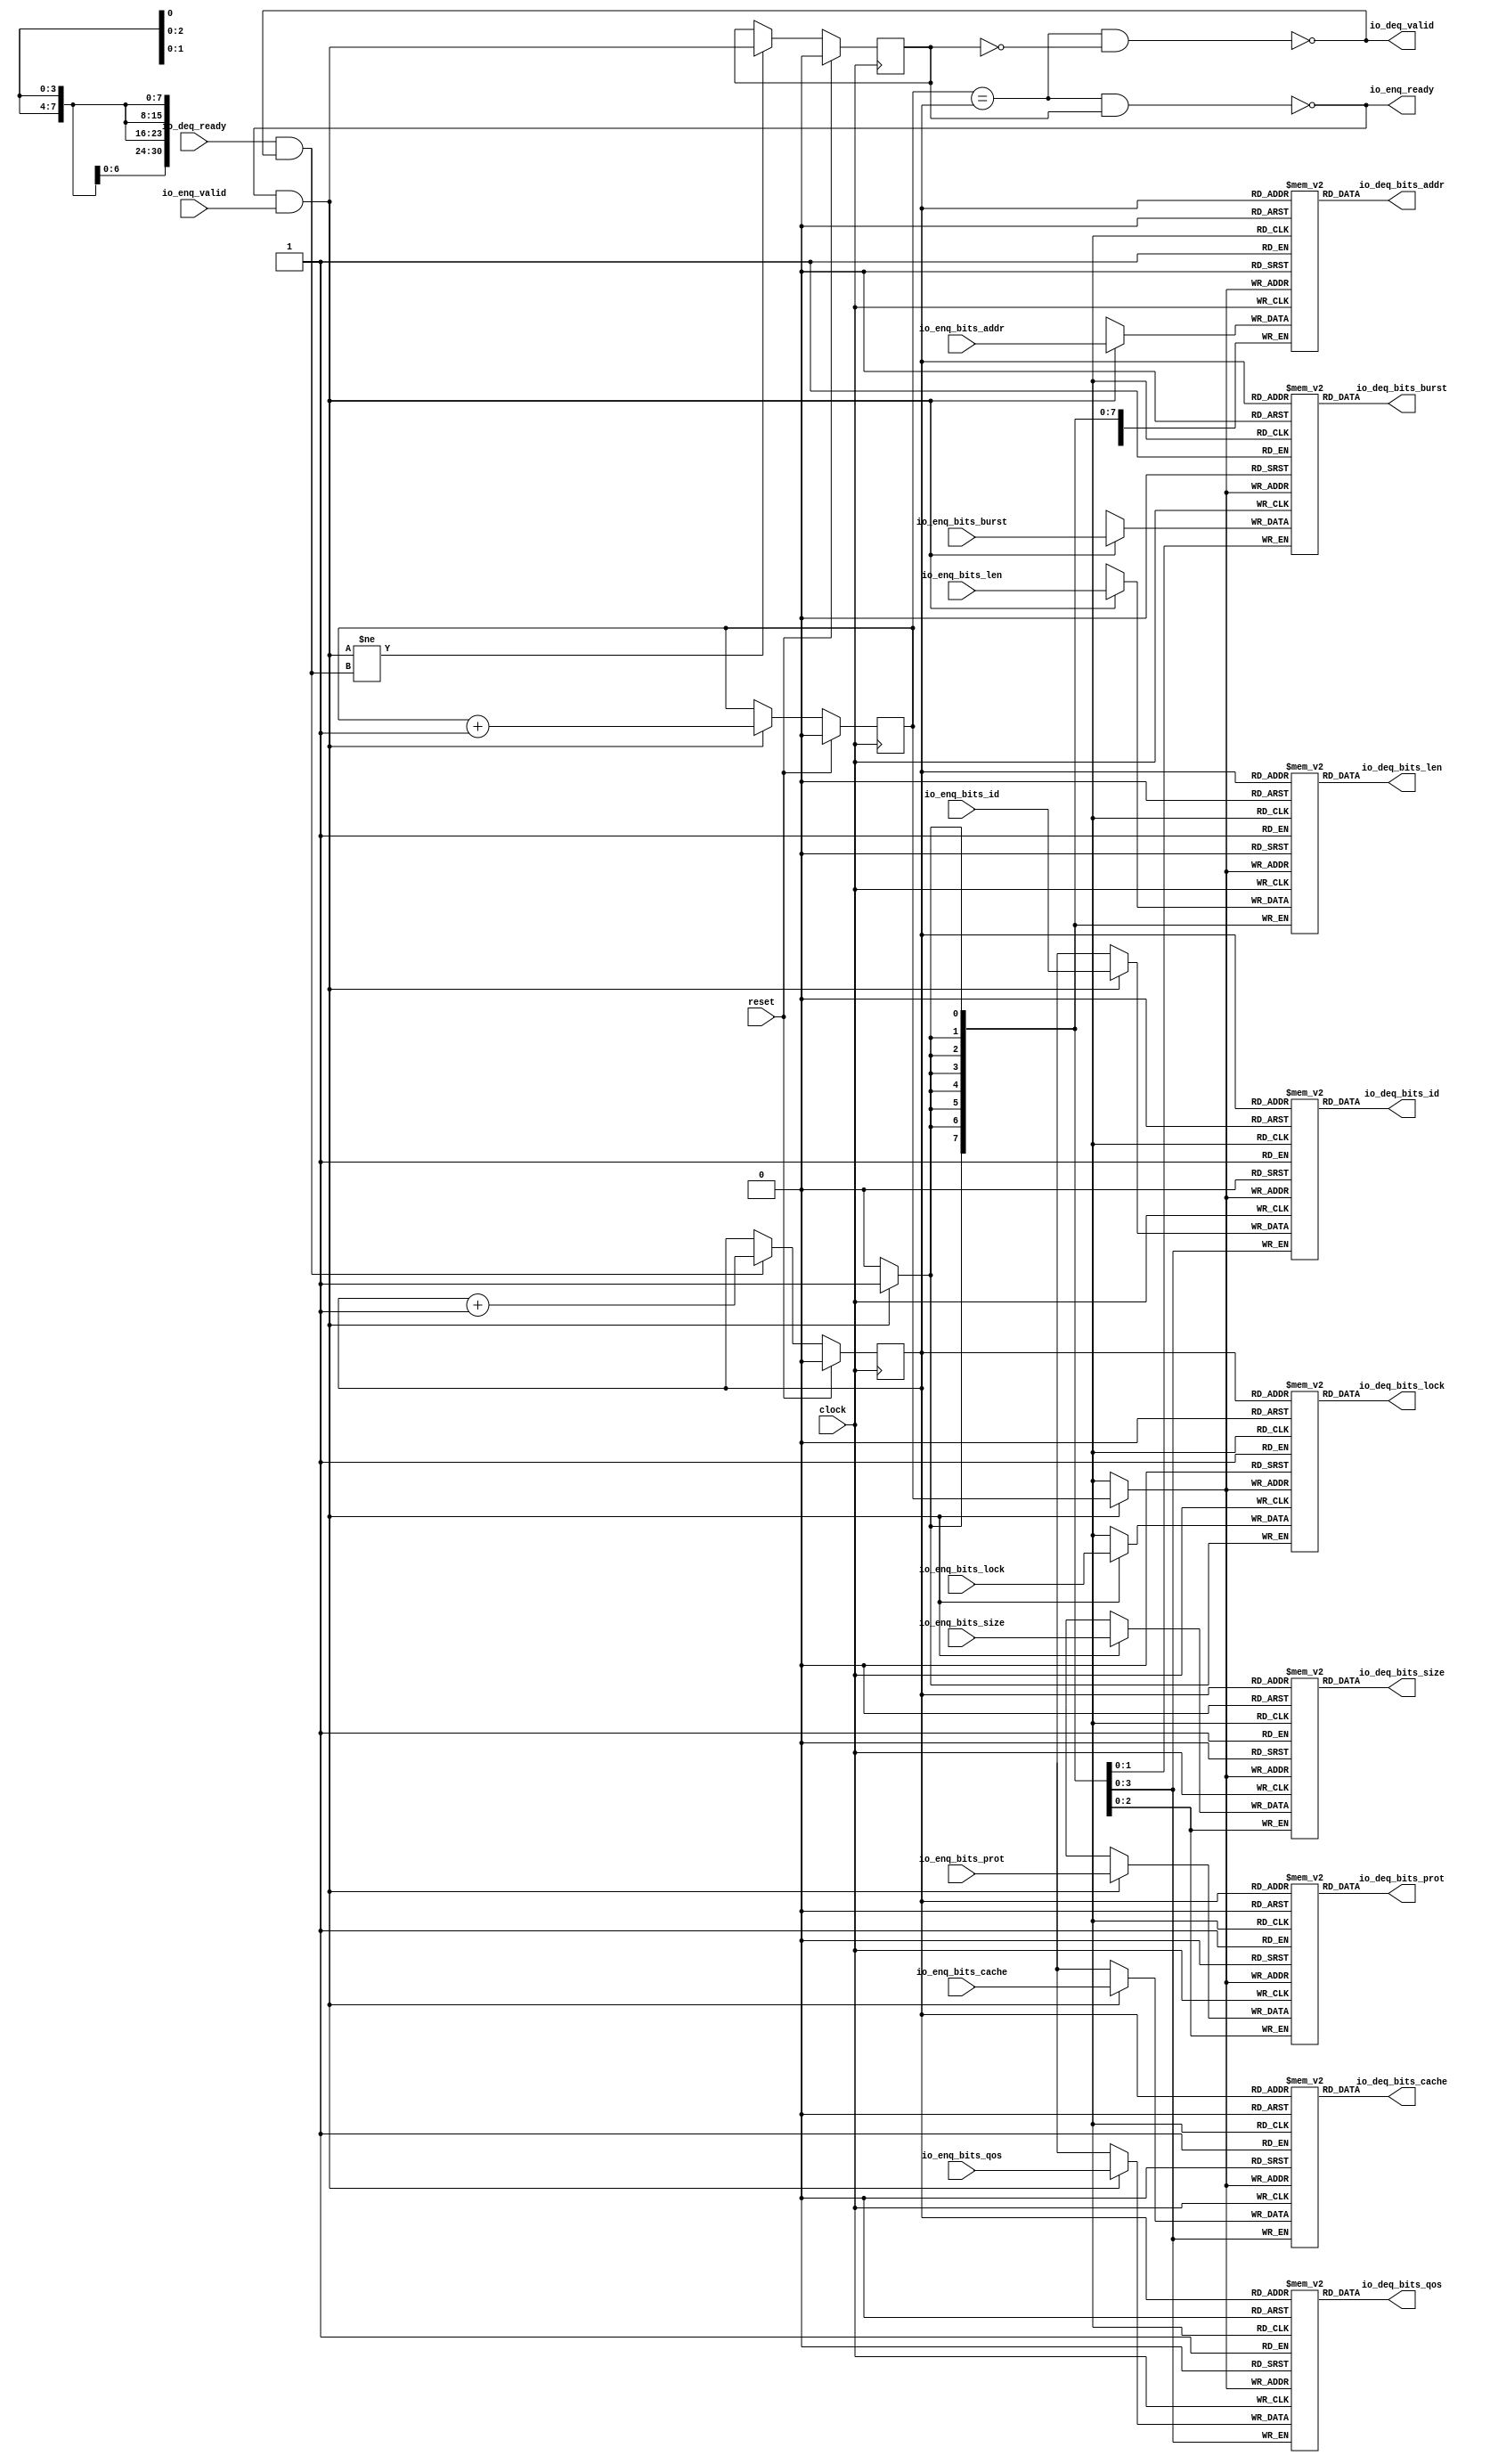
module Queue(
  input         clock,
  input         reset,
  output        io_enq_ready,
  input         io_enq_valid,
  input  [3:0]  io_enq_bits_id,
  input  [30:0] io_enq_bits_addr,
  input  [7:0]  io_enq_bits_len,
  input  [2:0]  io_enq_bits_size,
  input  [1:0]  io_enq_bits_burst,
  input         io_enq_bits_lock,
  input  [3:0]  io_enq_bits_cache,
  input  [2:0]  io_enq_bits_prot,
  input  [3:0]  io_enq_bits_qos,
  input         io_deq_ready,
  output        io_deq_valid,
  output [3:0]  io_deq_bits_id,
  output [30:0] io_deq_bits_addr,
  output [7:0]  io_deq_bits_len,
  output [2:0]  io_deq_bits_size,
  output [1:0]  io_deq_bits_burst,
  output        io_deq_bits_lock,
  output [3:0]  io_deq_bits_cache,
  output [2:0]  io_deq_bits_prot,
  output [3:0]  io_deq_bits_qos
);
`ifdef RANDOMIZE_MEM_INIT
  reg [31:0] _RAND_0;
  reg [31:0] _RAND_1;
  reg [31:0] _RAND_2;
  reg [31:0] _RAND_3;
  reg [31:0] _RAND_4;
  reg [31:0] _RAND_5;
  reg [31:0] _RAND_6;
  reg [31:0] _RAND_7;
  reg [31:0] _RAND_8;
`endif // RANDOMIZE_MEM_INIT
`ifdef RANDOMIZE_REG_INIT
  reg [31:0] _RAND_9;
  reg [31:0] _RAND_10;
  reg [31:0] _RAND_11;
`endif // RANDOMIZE_REG_INIT
  reg [3:0] ram_id [0:1]; // @[Decoupled.scala 259:95]
  wire  ram_id_io_deq_bits_MPORT_en; // @[Decoupled.scala 259:95]
  wire  ram_id_io_deq_bits_MPORT_addr; // @[Decoupled.scala 259:95]
  wire [3:0] ram_id_io_deq_bits_MPORT_data; // @[Decoupled.scala 259:95]
  wire [3:0] ram_id_MPORT_data; // @[Decoupled.scala 259:95]
  wire  ram_id_MPORT_addr; // @[Decoupled.scala 259:95]
  wire  ram_id_MPORT_mask; // @[Decoupled.scala 259:95]
  wire  ram_id_MPORT_en; // @[Decoupled.scala 259:95]
  reg [30:0] ram_addr [0:1]; // @[Decoupled.scala 259:95]
  wire  ram_addr_io_deq_bits_MPORT_en; // @[Decoupled.scala 259:95]
  wire  ram_addr_io_deq_bits_MPORT_addr; // @[Decoupled.scala 259:95]
  wire [30:0] ram_addr_io_deq_bits_MPORT_data; // @[Decoupled.scala 259:95]
  wire [30:0] ram_addr_MPORT_data; // @[Decoupled.scala 259:95]
  wire  ram_addr_MPORT_addr; // @[Decoupled.scala 259:95]
  wire  ram_addr_MPORT_mask; // @[Decoupled.scala 259:95]
  wire  ram_addr_MPORT_en; // @[Decoupled.scala 259:95]
  reg [7:0] ram_len [0:1]; // @[Decoupled.scala 259:95]
  wire  ram_len_io_deq_bits_MPORT_en; // @[Decoupled.scala 259:95]
  wire  ram_len_io_deq_bits_MPORT_addr; // @[Decoupled.scala 259:95]
  wire [7:0] ram_len_io_deq_bits_MPORT_data; // @[Decoupled.scala 259:95]
  wire [7:0] ram_len_MPORT_data; // @[Decoupled.scala 259:95]
  wire  ram_len_MPORT_addr; // @[Decoupled.scala 259:95]
  wire  ram_len_MPORT_mask; // @[Decoupled.scala 259:95]
  wire  ram_len_MPORT_en; // @[Decoupled.scala 259:95]
  reg [2:0] ram_size [0:1]; // @[Decoupled.scala 259:95]
  wire  ram_size_io_deq_bits_MPORT_en; // @[Decoupled.scala 259:95]
  wire  ram_size_io_deq_bits_MPORT_addr; // @[Decoupled.scala 259:95]
  wire [2:0] ram_size_io_deq_bits_MPORT_data; // @[Decoupled.scala 259:95]
  wire [2:0] ram_size_MPORT_data; // @[Decoupled.scala 259:95]
  wire  ram_size_MPORT_addr; // @[Decoupled.scala 259:95]
  wire  ram_size_MPORT_mask; // @[Decoupled.scala 259:95]
  wire  ram_size_MPORT_en; // @[Decoupled.scala 259:95]
  reg [1:0] ram_burst [0:1]; // @[Decoupled.scala 259:95]
  wire  ram_burst_io_deq_bits_MPORT_en; // @[Decoupled.scala 259:95]
  wire  ram_burst_io_deq_bits_MPORT_addr; // @[Decoupled.scala 259:95]
  wire [1:0] ram_burst_io_deq_bits_MPORT_data; // @[Decoupled.scala 259:95]
  wire [1:0] ram_burst_MPORT_data; // @[Decoupled.scala 259:95]
  wire  ram_burst_MPORT_addr; // @[Decoupled.scala 259:95]
  wire  ram_burst_MPORT_mask; // @[Decoupled.scala 259:95]
  wire  ram_burst_MPORT_en; // @[Decoupled.scala 259:95]
  reg  ram_lock [0:1]; // @[Decoupled.scala 259:95]
  wire  ram_lock_io_deq_bits_MPORT_en; // @[Decoupled.scala 259:95]
  wire  ram_lock_io_deq_bits_MPORT_addr; // @[Decoupled.scala 259:95]
  wire  ram_lock_io_deq_bits_MPORT_data; // @[Decoupled.scala 259:95]
  wire  ram_lock_MPORT_data; // @[Decoupled.scala 259:95]
  wire  ram_lock_MPORT_addr; // @[Decoupled.scala 259:95]
  wire  ram_lock_MPORT_mask; // @[Decoupled.scala 259:95]
  wire  ram_lock_MPORT_en; // @[Decoupled.scala 259:95]
  reg [3:0] ram_cache [0:1]; // @[Decoupled.scala 259:95]
  wire  ram_cache_io_deq_bits_MPORT_en; // @[Decoupled.scala 259:95]
  wire  ram_cache_io_deq_bits_MPORT_addr; // @[Decoupled.scala 259:95]
  wire [3:0] ram_cache_io_deq_bits_MPORT_data; // @[Decoupled.scala 259:95]
  wire [3:0] ram_cache_MPORT_data; // @[Decoupled.scala 259:95]
  wire  ram_cache_MPORT_addr; // @[Decoupled.scala 259:95]
  wire  ram_cache_MPORT_mask; // @[Decoupled.scala 259:95]
  wire  ram_cache_MPORT_en; // @[Decoupled.scala 259:95]
  reg [2:0] ram_prot [0:1]; // @[Decoupled.scala 259:95]
  wire  ram_prot_io_deq_bits_MPORT_en; // @[Decoupled.scala 259:95]
  wire  ram_prot_io_deq_bits_MPORT_addr; // @[Decoupled.scala 259:95]
  wire [2:0] ram_prot_io_deq_bits_MPORT_data; // @[Decoupled.scala 259:95]
  wire [2:0] ram_prot_MPORT_data; // @[Decoupled.scala 259:95]
  wire  ram_prot_MPORT_addr; // @[Decoupled.scala 259:95]
  wire  ram_prot_MPORT_mask; // @[Decoupled.scala 259:95]
  wire  ram_prot_MPORT_en; // @[Decoupled.scala 259:95]
  reg [3:0] ram_qos [0:1]; // @[Decoupled.scala 259:95]
  wire  ram_qos_io_deq_bits_MPORT_en; // @[Decoupled.scala 259:95]
  wire  ram_qos_io_deq_bits_MPORT_addr; // @[Decoupled.scala 259:95]
  wire [3:0] ram_qos_io_deq_bits_MPORT_data; // @[Decoupled.scala 259:95]
  wire [3:0] ram_qos_MPORT_data; // @[Decoupled.scala 259:95]
  wire  ram_qos_MPORT_addr; // @[Decoupled.scala 259:95]
  wire  ram_qos_MPORT_mask; // @[Decoupled.scala 259:95]
  wire  ram_qos_MPORT_en; // @[Decoupled.scala 259:95]
  reg  value; // @[Counter.scala 62:40]
  reg  value_1; // @[Counter.scala 62:40]
  reg  maybe_full; // @[Decoupled.scala 262:27]
  wire  ptr_match = value == value_1; // @[Decoupled.scala 263:33]
  wire  empty = ptr_match & ~maybe_full; // @[Decoupled.scala 264:25]
  wire  full = ptr_match & maybe_full; // @[Decoupled.scala 265:24]
  wire  do_enq = io_enq_ready & io_enq_valid; // @[Decoupled.scala 50:35]
  wire  do_deq = io_deq_ready & io_deq_valid; // @[Decoupled.scala 50:35]
  assign ram_id_io_deq_bits_MPORT_en = 1'h1;
  assign ram_id_io_deq_bits_MPORT_addr = value_1;
  assign ram_id_io_deq_bits_MPORT_data = ram_id[ram_id_io_deq_bits_MPORT_addr]; // @[Decoupled.scala 259:95]
  assign ram_id_MPORT_data = io_enq_bits_id;
  assign ram_id_MPORT_addr = value;
  assign ram_id_MPORT_mask = 1'h1;
  assign ram_id_MPORT_en = io_enq_ready & io_enq_valid;
  assign ram_addr_io_deq_bits_MPORT_en = 1'h1;
  assign ram_addr_io_deq_bits_MPORT_addr = value_1;
  assign ram_addr_io_deq_bits_MPORT_data = ram_addr[ram_addr_io_deq_bits_MPORT_addr]; // @[Decoupled.scala 259:95]
  assign ram_addr_MPORT_data = io_enq_bits_addr;
  assign ram_addr_MPORT_addr = value;
  assign ram_addr_MPORT_mask = 1'h1;
  assign ram_addr_MPORT_en = io_enq_ready & io_enq_valid;
  assign ram_len_io_deq_bits_MPORT_en = 1'h1;
  assign ram_len_io_deq_bits_MPORT_addr = value_1;
  assign ram_len_io_deq_bits_MPORT_data = ram_len[ram_len_io_deq_bits_MPORT_addr]; // @[Decoupled.scala 259:95]
  assign ram_len_MPORT_data = io_enq_bits_len;
  assign ram_len_MPORT_addr = value;
  assign ram_len_MPORT_mask = 1'h1;
  assign ram_len_MPORT_en = io_enq_ready & io_enq_valid;
  assign ram_size_io_deq_bits_MPORT_en = 1'h1;
  assign ram_size_io_deq_bits_MPORT_addr = value_1;
  assign ram_size_io_deq_bits_MPORT_data = ram_size[ram_size_io_deq_bits_MPORT_addr]; // @[Decoupled.scala 259:95]
  assign ram_size_MPORT_data = io_enq_bits_size;
  assign ram_size_MPORT_addr = value;
  assign ram_size_MPORT_mask = 1'h1;
  assign ram_size_MPORT_en = io_enq_ready & io_enq_valid;
  assign ram_burst_io_deq_bits_MPORT_en = 1'h1;
  assign ram_burst_io_deq_bits_MPORT_addr = value_1;
  assign ram_burst_io_deq_bits_MPORT_data = ram_burst[ram_burst_io_deq_bits_MPORT_addr]; // @[Decoupled.scala 259:95]
  assign ram_burst_MPORT_data = io_enq_bits_burst;
  assign ram_burst_MPORT_addr = value;
  assign ram_burst_MPORT_mask = 1'h1;
  assign ram_burst_MPORT_en = io_enq_ready & io_enq_valid;
  assign ram_lock_io_deq_bits_MPORT_en = 1'h1;
  assign ram_lock_io_deq_bits_MPORT_addr = value_1;
  assign ram_lock_io_deq_bits_MPORT_data = ram_lock[ram_lock_io_deq_bits_MPORT_addr]; // @[Decoupled.scala 259:95]
  assign ram_lock_MPORT_data = io_enq_bits_lock;
  assign ram_lock_MPORT_addr = value;
  assign ram_lock_MPORT_mask = 1'h1;
  assign ram_lock_MPORT_en = io_enq_ready & io_enq_valid;
  assign ram_cache_io_deq_bits_MPORT_en = 1'h1;
  assign ram_cache_io_deq_bits_MPORT_addr = value_1;
  assign ram_cache_io_deq_bits_MPORT_data = ram_cache[ram_cache_io_deq_bits_MPORT_addr]; // @[Decoupled.scala 259:95]
  assign ram_cache_MPORT_data = io_enq_bits_cache;
  assign ram_cache_MPORT_addr = value;
  assign ram_cache_MPORT_mask = 1'h1;
  assign ram_cache_MPORT_en = io_enq_ready & io_enq_valid;
  assign ram_prot_io_deq_bits_MPORT_en = 1'h1;
  assign ram_prot_io_deq_bits_MPORT_addr = value_1;
  assign ram_prot_io_deq_bits_MPORT_data = ram_prot[ram_prot_io_deq_bits_MPORT_addr]; // @[Decoupled.scala 259:95]
  assign ram_prot_MPORT_data = io_enq_bits_prot;
  assign ram_prot_MPORT_addr = value;
  assign ram_prot_MPORT_mask = 1'h1;
  assign ram_prot_MPORT_en = io_enq_ready & io_enq_valid;
  assign ram_qos_io_deq_bits_MPORT_en = 1'h1;
  assign ram_qos_io_deq_bits_MPORT_addr = value_1;
  assign ram_qos_io_deq_bits_MPORT_data = ram_qos[ram_qos_io_deq_bits_MPORT_addr]; // @[Decoupled.scala 259:95]
  assign ram_qos_MPORT_data = io_enq_bits_qos;
  assign ram_qos_MPORT_addr = value;
  assign ram_qos_MPORT_mask = 1'h1;
  assign ram_qos_MPORT_en = io_enq_ready & io_enq_valid;
  assign io_enq_ready = ~full; // @[Decoupled.scala 289:19]
  assign io_deq_valid = ~empty; // @[Decoupled.scala 288:19]
  assign io_deq_bits_id = ram_id_io_deq_bits_MPORT_data; // @[Decoupled.scala 296:17]
  assign io_deq_bits_addr = ram_addr_io_deq_bits_MPORT_data; // @[Decoupled.scala 296:17]
  assign io_deq_bits_len = ram_len_io_deq_bits_MPORT_data; // @[Decoupled.scala 296:17]
  assign io_deq_bits_size = ram_size_io_deq_bits_MPORT_data; // @[Decoupled.scala 296:17]
  assign io_deq_bits_burst = ram_burst_io_deq_bits_MPORT_data; // @[Decoupled.scala 296:17]
  assign io_deq_bits_lock = ram_lock_io_deq_bits_MPORT_data; // @[Decoupled.scala 296:17]
  assign io_deq_bits_cache = ram_cache_io_deq_bits_MPORT_data; // @[Decoupled.scala 296:17]
  assign io_deq_bits_prot = ram_prot_io_deq_bits_MPORT_data; // @[Decoupled.scala 296:17]
  assign io_deq_bits_qos = ram_qos_io_deq_bits_MPORT_data; // @[Decoupled.scala 296:17]
  always @(posedge clock) begin
    if (ram_id_MPORT_en & ram_id_MPORT_mask) begin
      ram_id[ram_id_MPORT_addr] <= ram_id_MPORT_data; // @[Decoupled.scala 259:95]
    end
    if (ram_addr_MPORT_en & ram_addr_MPORT_mask) begin
      ram_addr[ram_addr_MPORT_addr] <= ram_addr_MPORT_data; // @[Decoupled.scala 259:95]
    end
    if (ram_len_MPORT_en & ram_len_MPORT_mask) begin
      ram_len[ram_len_MPORT_addr] <= ram_len_MPORT_data; // @[Decoupled.scala 259:95]
    end
    if (ram_size_MPORT_en & ram_size_MPORT_mask) begin
      ram_size[ram_size_MPORT_addr] <= ram_size_MPORT_data; // @[Decoupled.scala 259:95]
    end
    if (ram_burst_MPORT_en & ram_burst_MPORT_mask) begin
      ram_burst[ram_burst_MPORT_addr] <= ram_burst_MPORT_data; // @[Decoupled.scala 259:95]
    end
    if (ram_lock_MPORT_en & ram_lock_MPORT_mask) begin
      ram_lock[ram_lock_MPORT_addr] <= ram_lock_MPORT_data; // @[Decoupled.scala 259:95]
    end
    if (ram_cache_MPORT_en & ram_cache_MPORT_mask) begin
      ram_cache[ram_cache_MPORT_addr] <= ram_cache_MPORT_data; // @[Decoupled.scala 259:95]
    end
    if (ram_prot_MPORT_en & ram_prot_MPORT_mask) begin
      ram_prot[ram_prot_MPORT_addr] <= ram_prot_MPORT_data; // @[Decoupled.scala 259:95]
    end
    if (ram_qos_MPORT_en & ram_qos_MPORT_mask) begin
      ram_qos[ram_qos_MPORT_addr] <= ram_qos_MPORT_data; // @[Decoupled.scala 259:95]
    end
    if (reset) begin // @[Counter.scala 62:40]
      value <= 1'h0; // @[Counter.scala 62:40]
    end else if (do_enq) begin // @[Decoupled.scala 272:16]
      value <= value + 1'h1; // @[Counter.scala 78:15]
    end
    if (reset) begin // @[Counter.scala 62:40]
      value_1 <= 1'h0; // @[Counter.scala 62:40]
    end else if (do_deq) begin // @[Decoupled.scala 276:16]
      value_1 <= value_1 + 1'h1; // @[Counter.scala 78:15]
    end
    if (reset) begin // @[Decoupled.scala 262:27]
      maybe_full <= 1'h0; // @[Decoupled.scala 262:27]
    end else if (do_enq != do_deq) begin // @[Decoupled.scala 279:27]
      maybe_full <= do_enq; // @[Decoupled.scala 280:16]
    end
  end
// Register and memory initialization
`ifdef RANDOMIZE_GARBAGE_ASSIGN
`define RANDOMIZE
`endif
`ifdef RANDOMIZE_INVALID_ASSIGN
`define RANDOMIZE
`endif
`ifdef RANDOMIZE_REG_INIT
`define RANDOMIZE
`endif
`ifdef RANDOMIZE_MEM_INIT
`define RANDOMIZE
`endif
`ifndef RANDOM
`define RANDOM $random
`endif
`ifdef RANDOMIZE_MEM_INIT
  integer initvar;
`endif
`ifndef SYNTHESIS
`ifdef FIRRTL_BEFORE_INITIAL
`FIRRTL_BEFORE_INITIAL
`endif
initial begin
  `ifdef RANDOMIZE
    `ifdef INIT_RANDOM
      `INIT_RANDOM
    `endif
    `ifndef VERILATOR
      `ifdef RANDOMIZE_DELAY
        #`RANDOMIZE_DELAY begin end
      `else
        #0.002 begin end
      `endif
    `endif
`ifdef RANDOMIZE_MEM_INIT
  _RAND_0 = {1{`RANDOM}};
  for (initvar = 0; initvar < 2; initvar = initvar+1)
    ram_id[initvar] = _RAND_0[3:0];
  _RAND_1 = {1{`RANDOM}};
  for (initvar = 0; initvar < 2; initvar = initvar+1)
    ram_addr[initvar] = _RAND_1[30:0];
  _RAND_2 = {1{`RANDOM}};
  for (initvar = 0; initvar < 2; initvar = initvar+1)
    ram_len[initvar] = _RAND_2[7:0];
  _RAND_3 = {1{`RANDOM}};
  for (initvar = 0; initvar < 2; initvar = initvar+1)
    ram_size[initvar] = _RAND_3[2:0];
  _RAND_4 = {1{`RANDOM}};
  for (initvar = 0; initvar < 2; initvar = initvar+1)
    ram_burst[initvar] = _RAND_4[1:0];
  _RAND_5 = {1{`RANDOM}};
  for (initvar = 0; initvar < 2; initvar = initvar+1)
    ram_lock[initvar] = _RAND_5[0:0];
  _RAND_6 = {1{`RANDOM}};
  for (initvar = 0; initvar < 2; initvar = initvar+1)
    ram_cache[initvar] = _RAND_6[3:0];
  _RAND_7 = {1{`RANDOM}};
  for (initvar = 0; initvar < 2; initvar = initvar+1)
    ram_prot[initvar] = _RAND_7[2:0];
  _RAND_8 = {1{`RANDOM}};
  for (initvar = 0; initvar < 2; initvar = initvar+1)
    ram_qos[initvar] = _RAND_8[3:0];
`endif // RANDOMIZE_MEM_INIT
`ifdef RANDOMIZE_REG_INIT
  _RAND_9 = {1{`RANDOM}};
  value = _RAND_9[0:0];
  _RAND_10 = {1{`RANDOM}};
  value_1 = _RAND_10[0:0];
  _RAND_11 = {1{`RANDOM}};
  maybe_full = _RAND_11[0:0];
`endif // RANDOMIZE_REG_INIT
  `endif // RANDOMIZE
end // initial
`ifdef FIRRTL_AFTER_INITIAL
`FIRRTL_AFTER_INITIAL
`endif
`endif // SYNTHESIS
endmodule